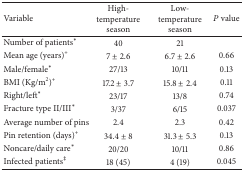
<table><thead><tr><td><b>Variable</b></td><td><b>High-temperature season</b></td><td><b>Low-temperature season</b></td><td><b><i>P</i> value</b></td></tr></thead><tbody><tr><td>Number of patients<sup>*</sup></td><td>40</td><td>21</td><td>[EMPTY_CELL]</td></tr><tr><td>Mean age (years)<sup>+</sup></td><td>7 ± 2.6</td><td>6.7 ± 2.6</td><td>0.66</td></tr><tr><td>Male/female<sup>*</sup></td><td>27/13</td><td>10/11</td><td>0.13</td></tr><tr><td>BMI (Kg/m<sup>2</sup>)<sup>+</sup></td><td>17.2 ± 3.7</td><td>15.8 ± 2.4</td><td>0.11</td></tr><tr><td>Right/left<sup>*</sup></td><td>23/17</td><td>13/8</td><td>0.74</td></tr><tr><td>Fracture type II/III<sup>*</sup></td><td>3/37</td><td>6/15</td><td>0.037</td></tr><tr><td>Average number of pins</td><td>2.4</td><td>2.3</td><td>0.42</td></tr><tr><td>Pin retention (days)<sup>+</sup></td><td>34.4 ± 8</td><td>31.3 ± 5.3</td><td>0.13</td></tr><tr><td>Noncare/daily care<sup>*</sup></td><td>20/20</td><td>10/11</td><td>0.86</td></tr><tr><td>Infected patients<sup>‡</sup></td><td>18 (45)</td><td>4 (19)</td><td>0.045</td></tr></tbody></table>